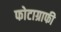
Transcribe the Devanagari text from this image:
फोटाग्राफी